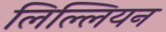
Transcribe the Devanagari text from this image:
लिल्लियन